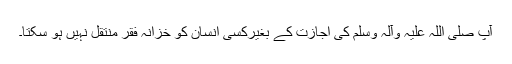
آپ صلی اللہ علیہ وآلہٖ وسلم کی اجازت کے بغیرکسی انسان کو خزانہ فقر منتقل نہیں ہو سکتا۔